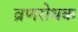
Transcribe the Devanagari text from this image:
व्रणरोधक